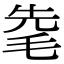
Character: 𣭟